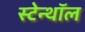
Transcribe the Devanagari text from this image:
स्टेन्थॉल